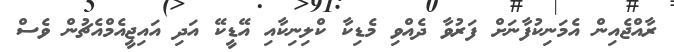
ރާއްޖެއިން އެމަނިކުފާނަށް ފަރުވާ ދެއްވި މެޑިކާ ކްލިނިކާއި އޭޑީކޭ އަދި އައިޖީއެމްއެޗުން ވެސް